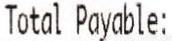
TOTAL PAYABLE: